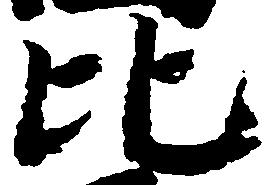
比